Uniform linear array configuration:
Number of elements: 4
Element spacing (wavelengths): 1
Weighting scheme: blackman
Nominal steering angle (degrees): -60
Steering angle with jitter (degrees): -59.539
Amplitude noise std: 0.05
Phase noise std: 0.05

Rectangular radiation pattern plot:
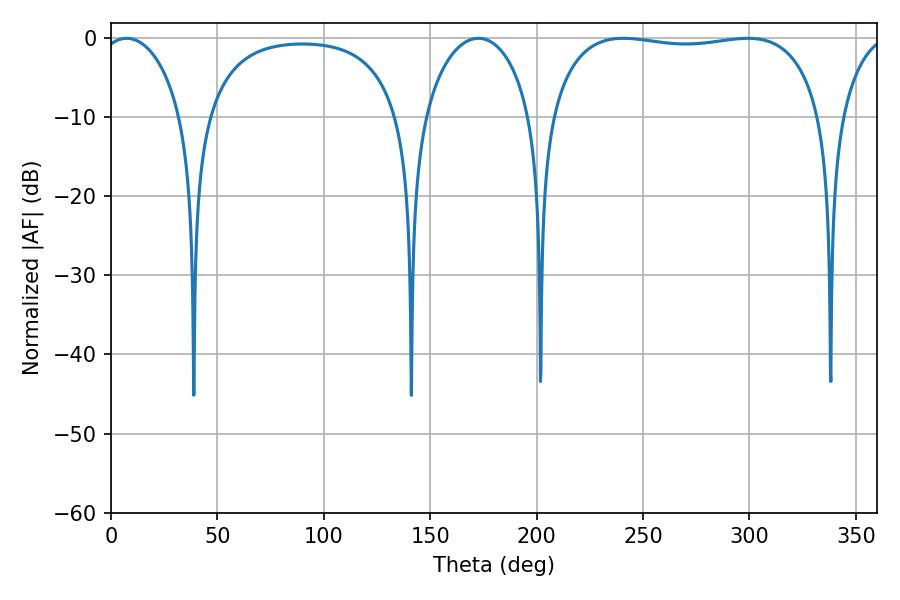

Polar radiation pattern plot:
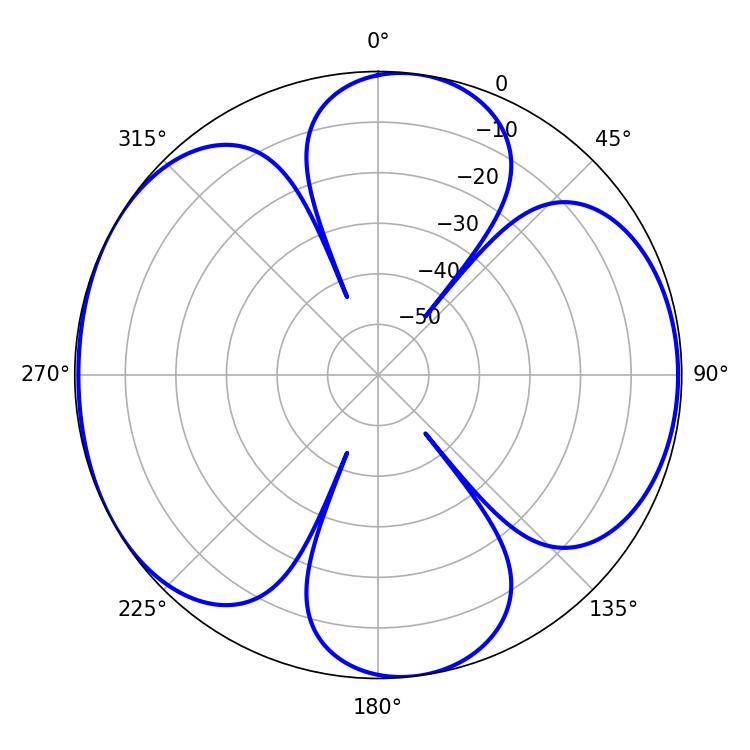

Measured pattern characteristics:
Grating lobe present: TRUE
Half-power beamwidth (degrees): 102.96
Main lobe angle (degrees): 240.66